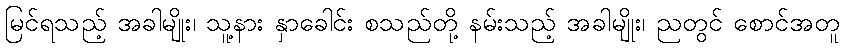
မြင်ရသည့် အခါမျိုး၊ သူ့နား နှာခေါင်း စသည်တို့ နမ်းသည့် အခါမျိုး၊ ညတွင် စောင်အတူ